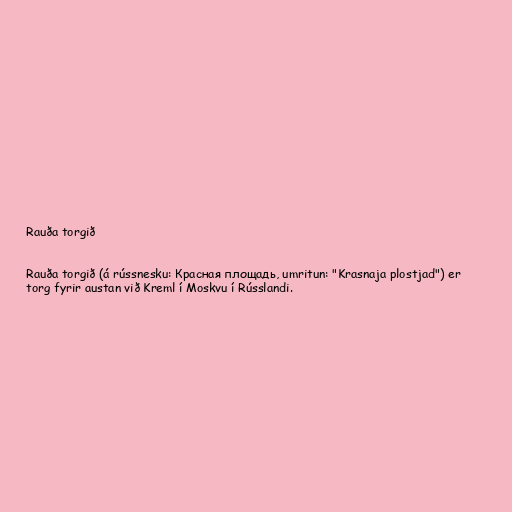
Rauða torgið

Rauða torgið (á rússnesku: Красная площадь, umritun: "Krasnaja plostjad") er
torg fyrir austan við Kreml í Moskvu í Rússlandi.